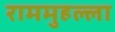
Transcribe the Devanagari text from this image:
राममुहल्ला